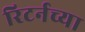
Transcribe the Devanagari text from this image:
रिटर्नच्या